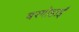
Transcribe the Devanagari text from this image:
बरगोहाईं